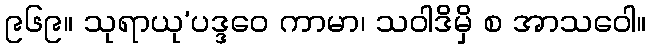
၉၆၉။ သုရာယု’ပဒ္ဒဝေ ကာမာ၊ သဝါဒိမှိ စ အာသဝေါ။